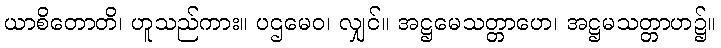
ယာစိတောတိ၊ ဟူသည်ကား။ ပဌမေဝ၊ လျှင်။ အဋ္ဌမေသတ္တာဟေ၊ အဋ္ဌမသတ္တာဟ၌။